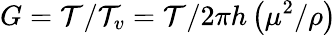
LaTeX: G=\mathcal{T}/\mathcal{T}_{v}=\mathcal{T}/2\pi h\left(\mu^{2}/\rho\right)